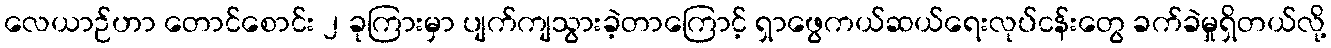
လေယာဉ်ဟာ တောင်စောင်း ၂ ခုကြားမှာ ပျက်ကျသွားခဲ့တာကြောင့် ရှာဖွေကယ်ဆယ်ရေးလုပ်ငန်းတွေ ခက်ခဲမှုရှိတယ်လို့